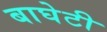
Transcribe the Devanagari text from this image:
बाघेटी